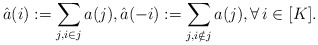
\begin{align*}\hat a(i):= \sum_{j, i\in j} a(j),\hat a(-i):= \sum_{j, i\notin j} a(j), \forall \, i \in [K].\end{align*}